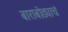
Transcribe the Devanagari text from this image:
बाराबोड्याचं